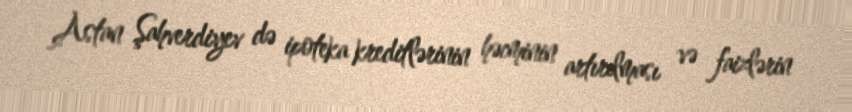
Astan Şahverdiyev də ipoteka kreditlərinin həcminin artırılması və faizlərin